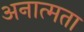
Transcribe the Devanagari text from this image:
अनात्मता